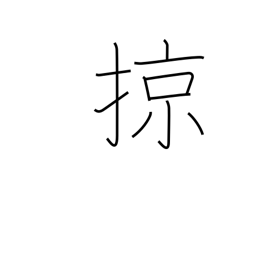
Meaning: sweep over